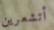
أتشعرين